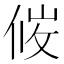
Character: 𪝇